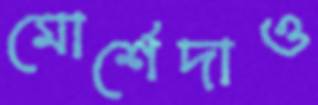
মোর্শেদাও